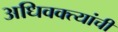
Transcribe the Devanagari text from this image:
अधिवक्त्यांची